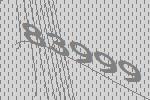
83999